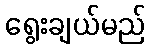
ရွေးချယ်မည်